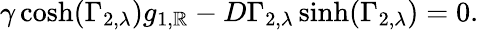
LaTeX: \gamma\cosh(\Gamma_{2,\lambda})g_{1,\mathbb{R}}-D\Gamma_{2,\lambda}\sinh(\Gamma_{2,\lambda})=0.